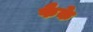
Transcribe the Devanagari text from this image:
फैके